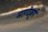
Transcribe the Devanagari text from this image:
माग्देबुर्ग